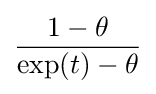
{\frac {1-\theta }{\exp(t)-\theta }}